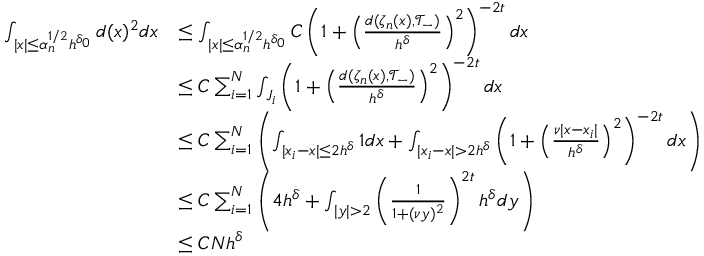
\begin{array} { r l } { \int _ { | x | \leq \alpha _ { n } ^ { 1 / 2 } h ^ { \delta _ { 0 } } } d ( x ) ^ { 2 } d x } & { \leq \int _ { | x | \leq \alpha _ { n } ^ { 1 / 2 } h ^ { \delta _ { 0 } } } C \left( 1 + \left( \frac { d ( \zeta _ { n } ( x ) , \mathcal { T } _ { - } ) } { h ^ { \delta } } \right) ^ { 2 } \right) ^ { - 2 t } d x } \\ & { \leq C \sum _ { i = 1 } ^ { N } \int _ { J _ { i } } \left( 1 + \left( \frac { d ( \zeta _ { n } ( x ) , \mathcal { T } _ { - } ) } { h ^ { \delta } } \right) ^ { 2 } \right) ^ { - 2 t } d x } \\ & { \leq C \sum _ { i = 1 } ^ { N } \left( \int _ { | x _ { i } - x | \leq 2 h ^ { \delta } } 1 d x + \int _ { | x _ { i } - x | > 2 h ^ { \delta } } \left( 1 + \left( \frac { \nu | x - x _ { i } | } { h ^ { \delta } } \right) ^ { 2 } \right) ^ { - 2 t } d x \right) } \\ & { \leq C \sum _ { i = 1 } ^ { N } \left( 4 h ^ { \delta } + \int _ { | y | > 2 } \left( \frac { 1 } { 1 + ( \nu y ) ^ { 2 } } \right) ^ { 2 t } h ^ { \delta } d y \right) } \\ & { \leq C N h ^ { \delta } } \end{array}